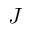
J